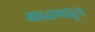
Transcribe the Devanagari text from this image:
आतमधून